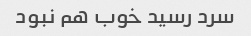
سرد رسید خوب هم نبود